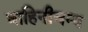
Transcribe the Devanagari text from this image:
वाहिनीजन्य